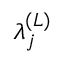
\lambda _ { j } ^ { ( L ) }